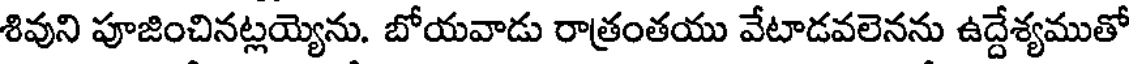
శివుని పూజించినట్లయ్యెను. బోయవాడు రాత్రంతయు వేటాడవలెనను ఉద్దేశ్యముతో